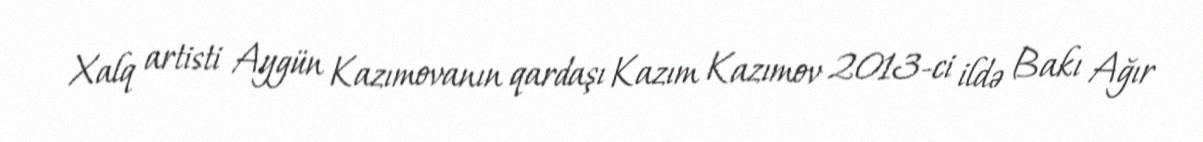
Xalq artisti Aygün Kazımovanın qardaşı Kazım Kazımov 2013-ci ildə Bakı Ağır